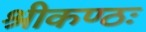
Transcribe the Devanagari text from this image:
श्रीकण्ठः